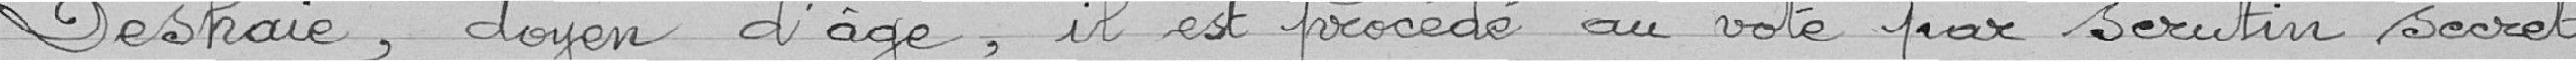
Deshaie, doyen d'âge, il est procédé au vote par scrutin secret